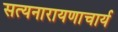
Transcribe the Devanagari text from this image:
सत्यनारायणाचार्य